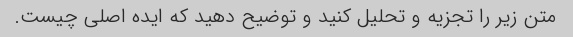
متن زیر را تجزیه و تحلیل کنید و توضیح دهید که ایده اصلی چیست.